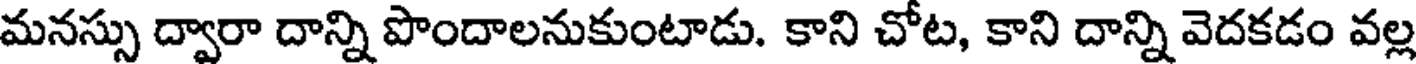
మనస్సు ద్వారా దాన్ని పొందాలనుకుంటాడు. కాని చోట, కాని దాన్ని వెదకడం వల్ల